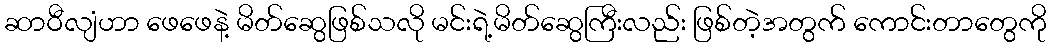
ဆာဝီလျံဟာ ဖေဖေနဲ့ မိတ်ဆွေဖြစ်သလို မင်းရဲ့မိတ်ဆွေကြီးလည်း ဖြစ်တဲ့အတွက် ကောင်းတာတွေကို